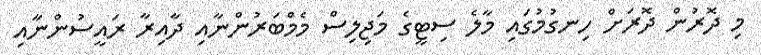
މި ދޮރުން ދޮރަށް ހިނގުމުގައި މާލެ ސިޓީގެ މަޖިލިސް މެމްބަރުންނާއި ދާއިރާ ރައީސުންނާއި